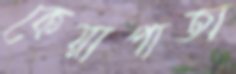
কেয়াপাতা